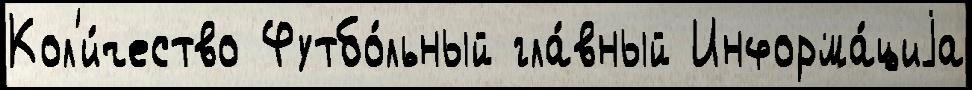
Кол'и́чество Футбо́льный гла́вный Информа́циjа